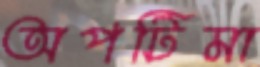
অপটিমা